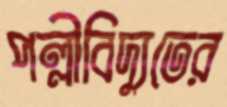
পল্লীবিদ্যুতের